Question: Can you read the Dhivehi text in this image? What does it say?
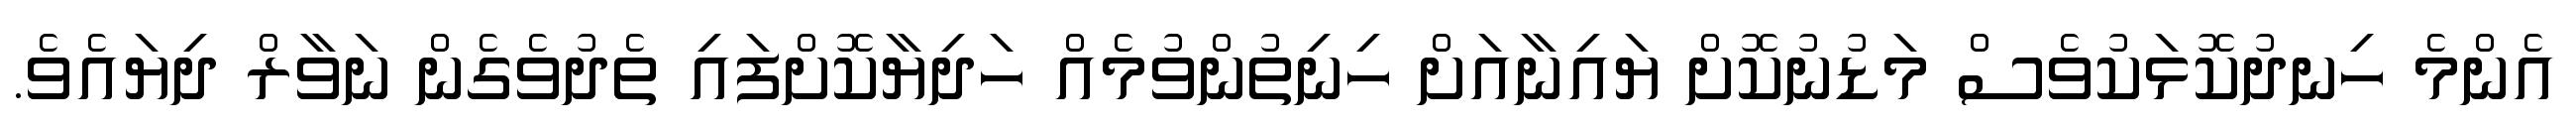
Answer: އެންމެ ހިނދުކޮޅަކުވެސް މަޑުނުކޮށް ޔައިނާއަށް ހިނިތުންވުމެއް ހަދިޔާކޮށްފައި ތެދުވެގެން ނަވާރް ދިޔައެވެ.